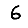
Digit: 6